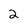
Character: 2